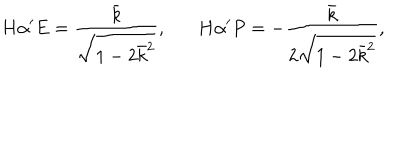
H \alpha ^ { \prime } E = \frac { \bar { k } } { \sqrt { 1 - 2 \bar { k } ^ { 2 } } } , H \alpha ^ { \prime } P = - \frac { \bar { k } } { 2 \sqrt { 1 - 2 \bar { k } ^ { 2 } } } ,